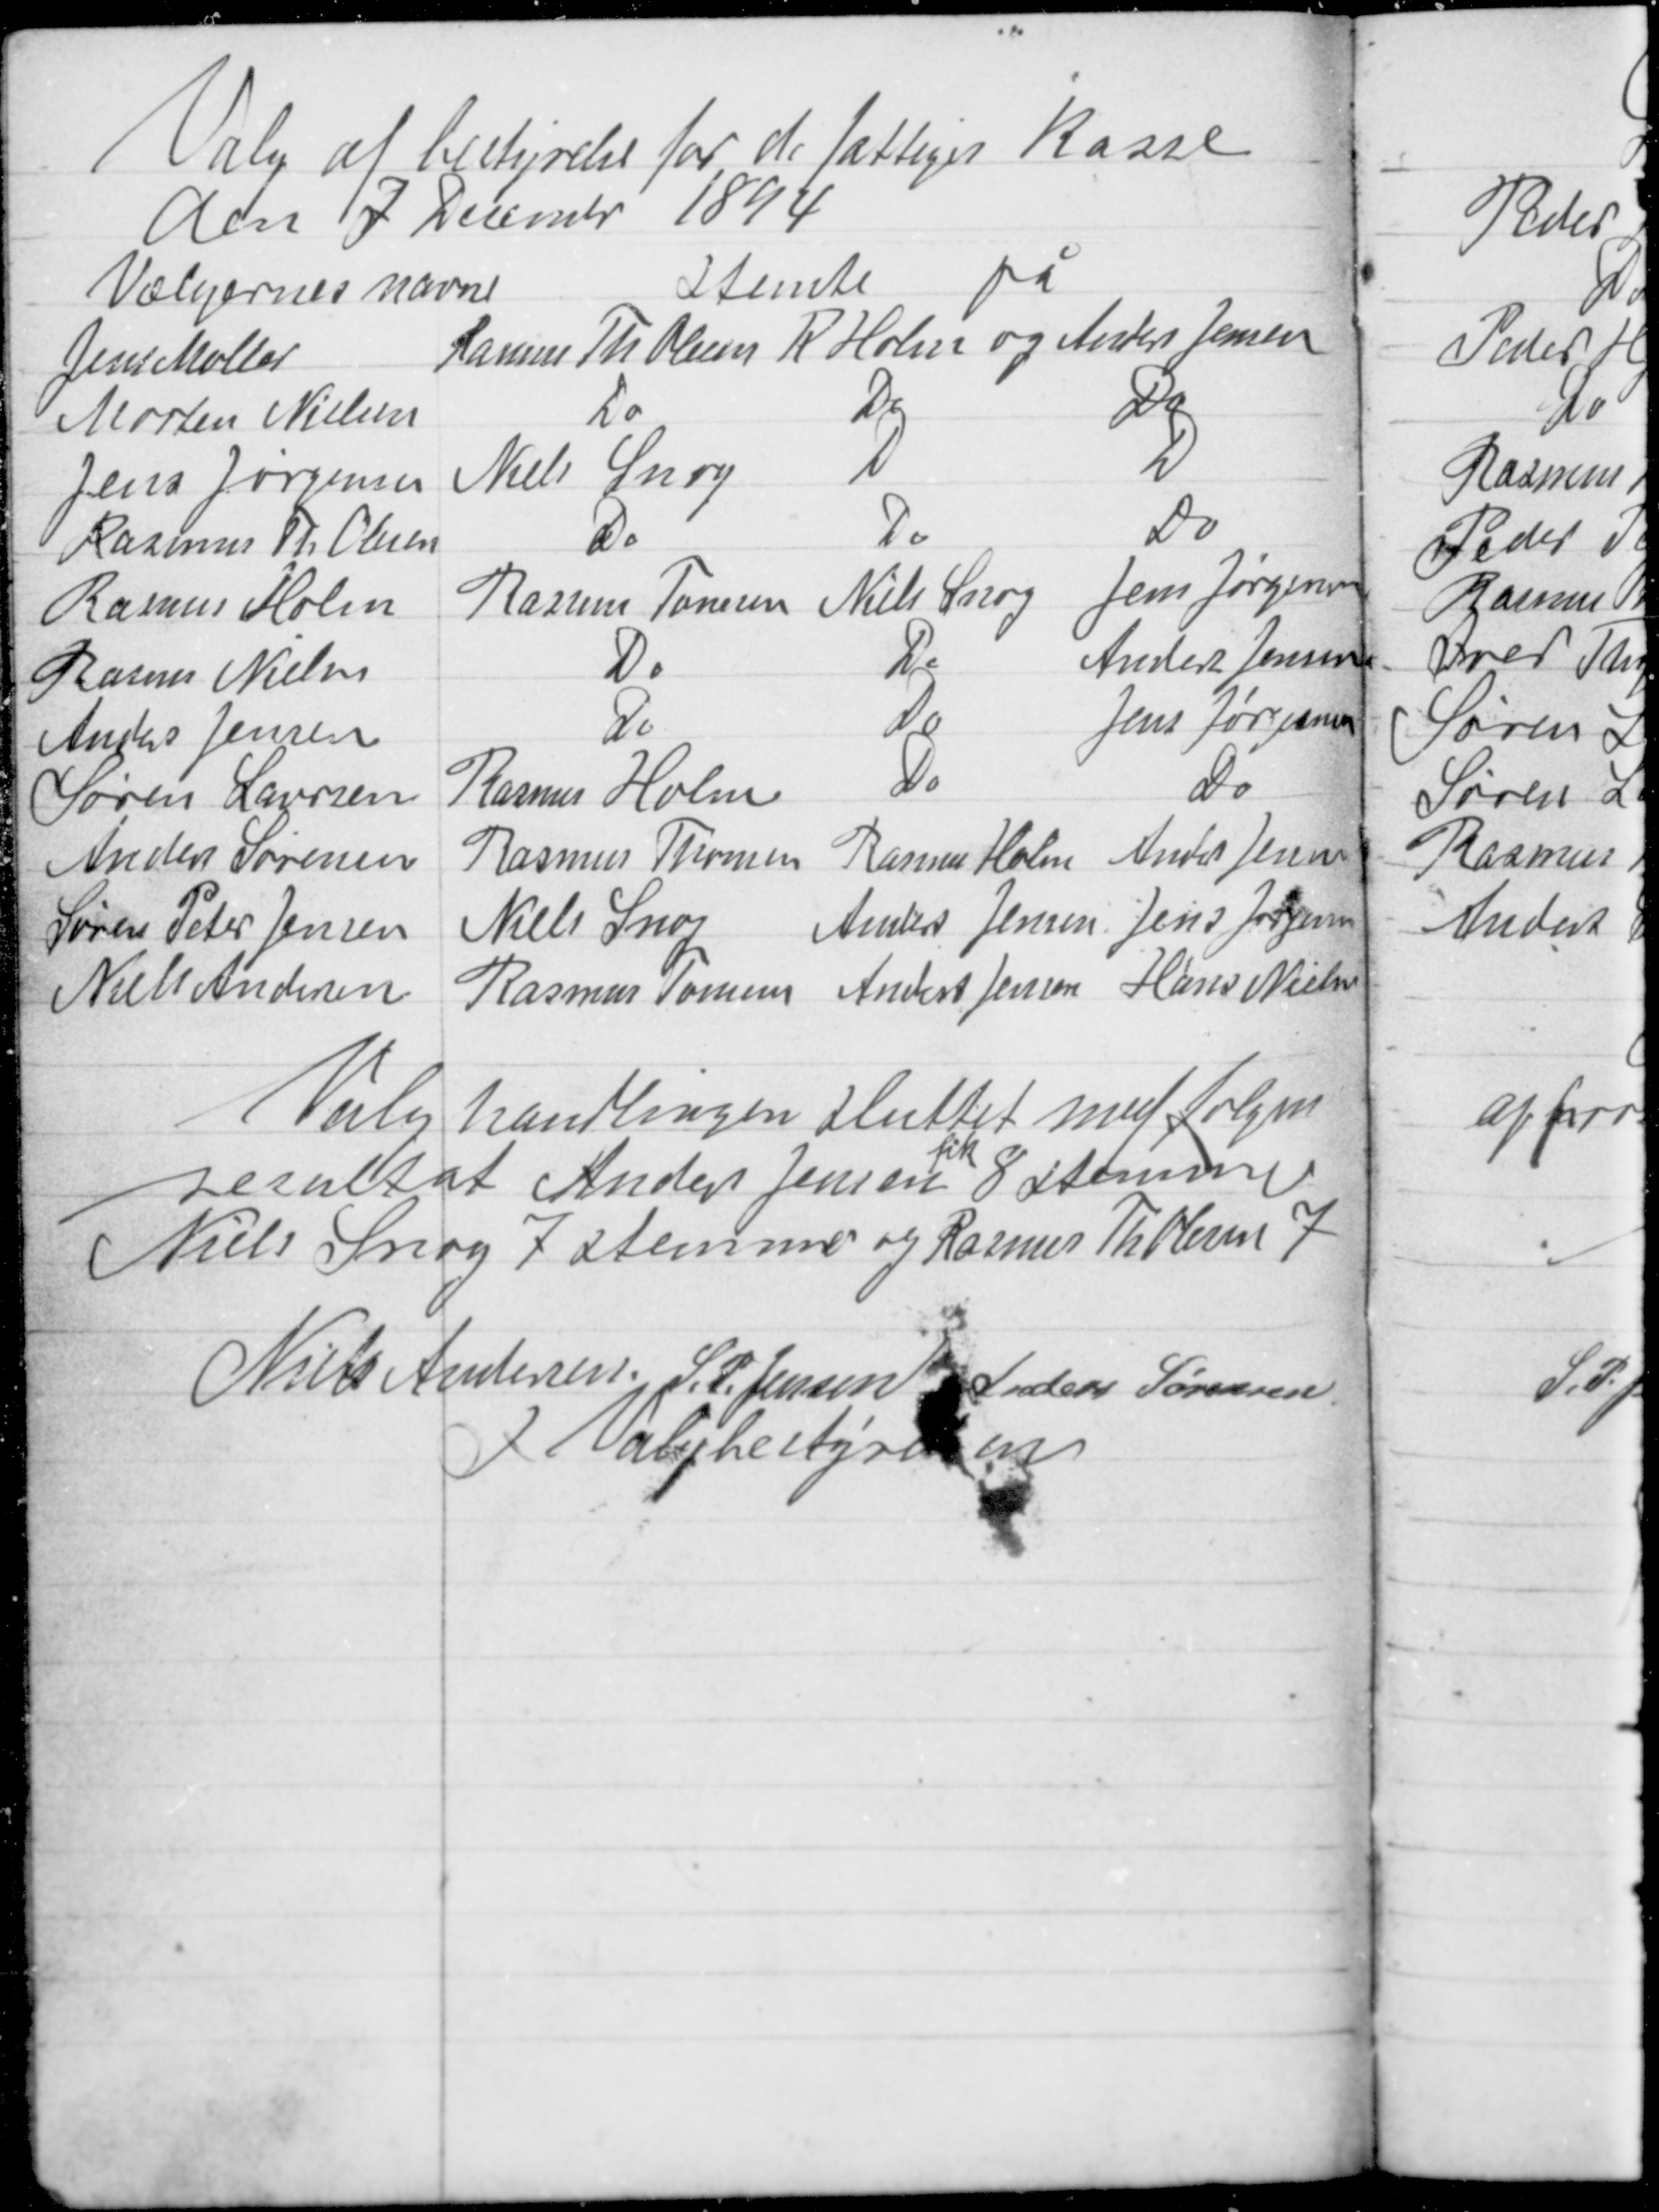
Transskription:
Valg af bestyrelse for de fattiges kasse
den 7 Decembr 1894

Valghandlingen sluttet med følgen
fik
resultat Anders Jensen 8 stemmer
Niels Snog 7 stemmer og Rasmus Th Olesen 7

Niels Andersen S. P. Jensen Anders Sørensen
f Valgbestyrelsen